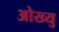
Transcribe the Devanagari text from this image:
ओख्यु